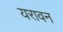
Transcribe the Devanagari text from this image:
यरावन